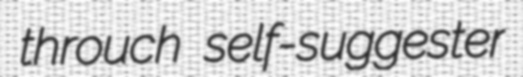
throuch self-suggester